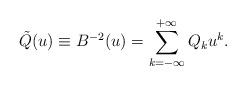
LaTeX: \begin{align*}\tilde{Q}(u)\equiv B^{-2}(u)=\sum_{k=-\infty}^{+\infty} Q_k u^k.\end{align*}